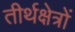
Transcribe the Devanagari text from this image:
तीर्थक्षेत्रों